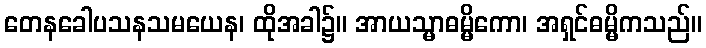
တေနခေါပသနသမယေန၊ ထိုအခါ၌။ အာယသ္မာဓမ္မိကော၊ အရှင်ဓမ္မိကသည်။